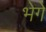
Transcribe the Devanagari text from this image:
भेगे